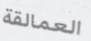
العمالقة